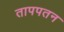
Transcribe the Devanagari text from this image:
तापपतन